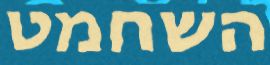
השחמט